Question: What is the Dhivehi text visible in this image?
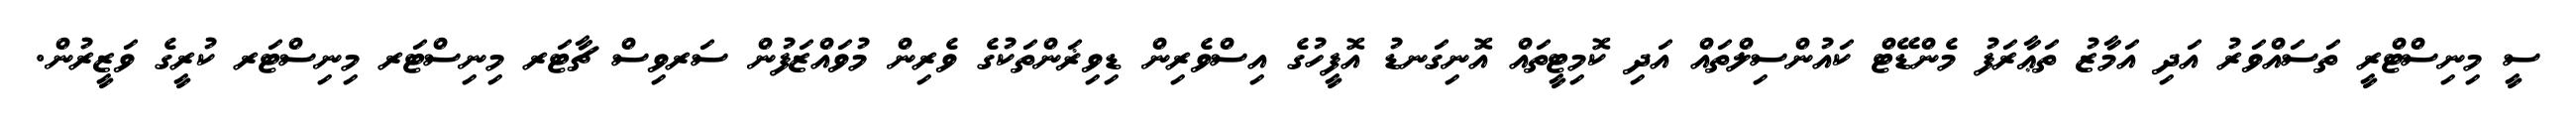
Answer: ސީ މިނިސްޓްރީ ތަސައްވަރު އަދި އަމާޒު ތަޢާރަފު މެންޑޭޓް ކައުންސިލްތައް އަދި ކޮމިޓީތައް އޮނިގަނޑު އޮފީހުގެ އިސްވެރިން ޑިވިޜަންތަކުގެ ވެރިން މުވައްޒަފުން ސަރވިސް ޗާޓަރ މިނިސްޓަރ މިނިސްޓަރ ކުރީގެ ވަޒީރުން.